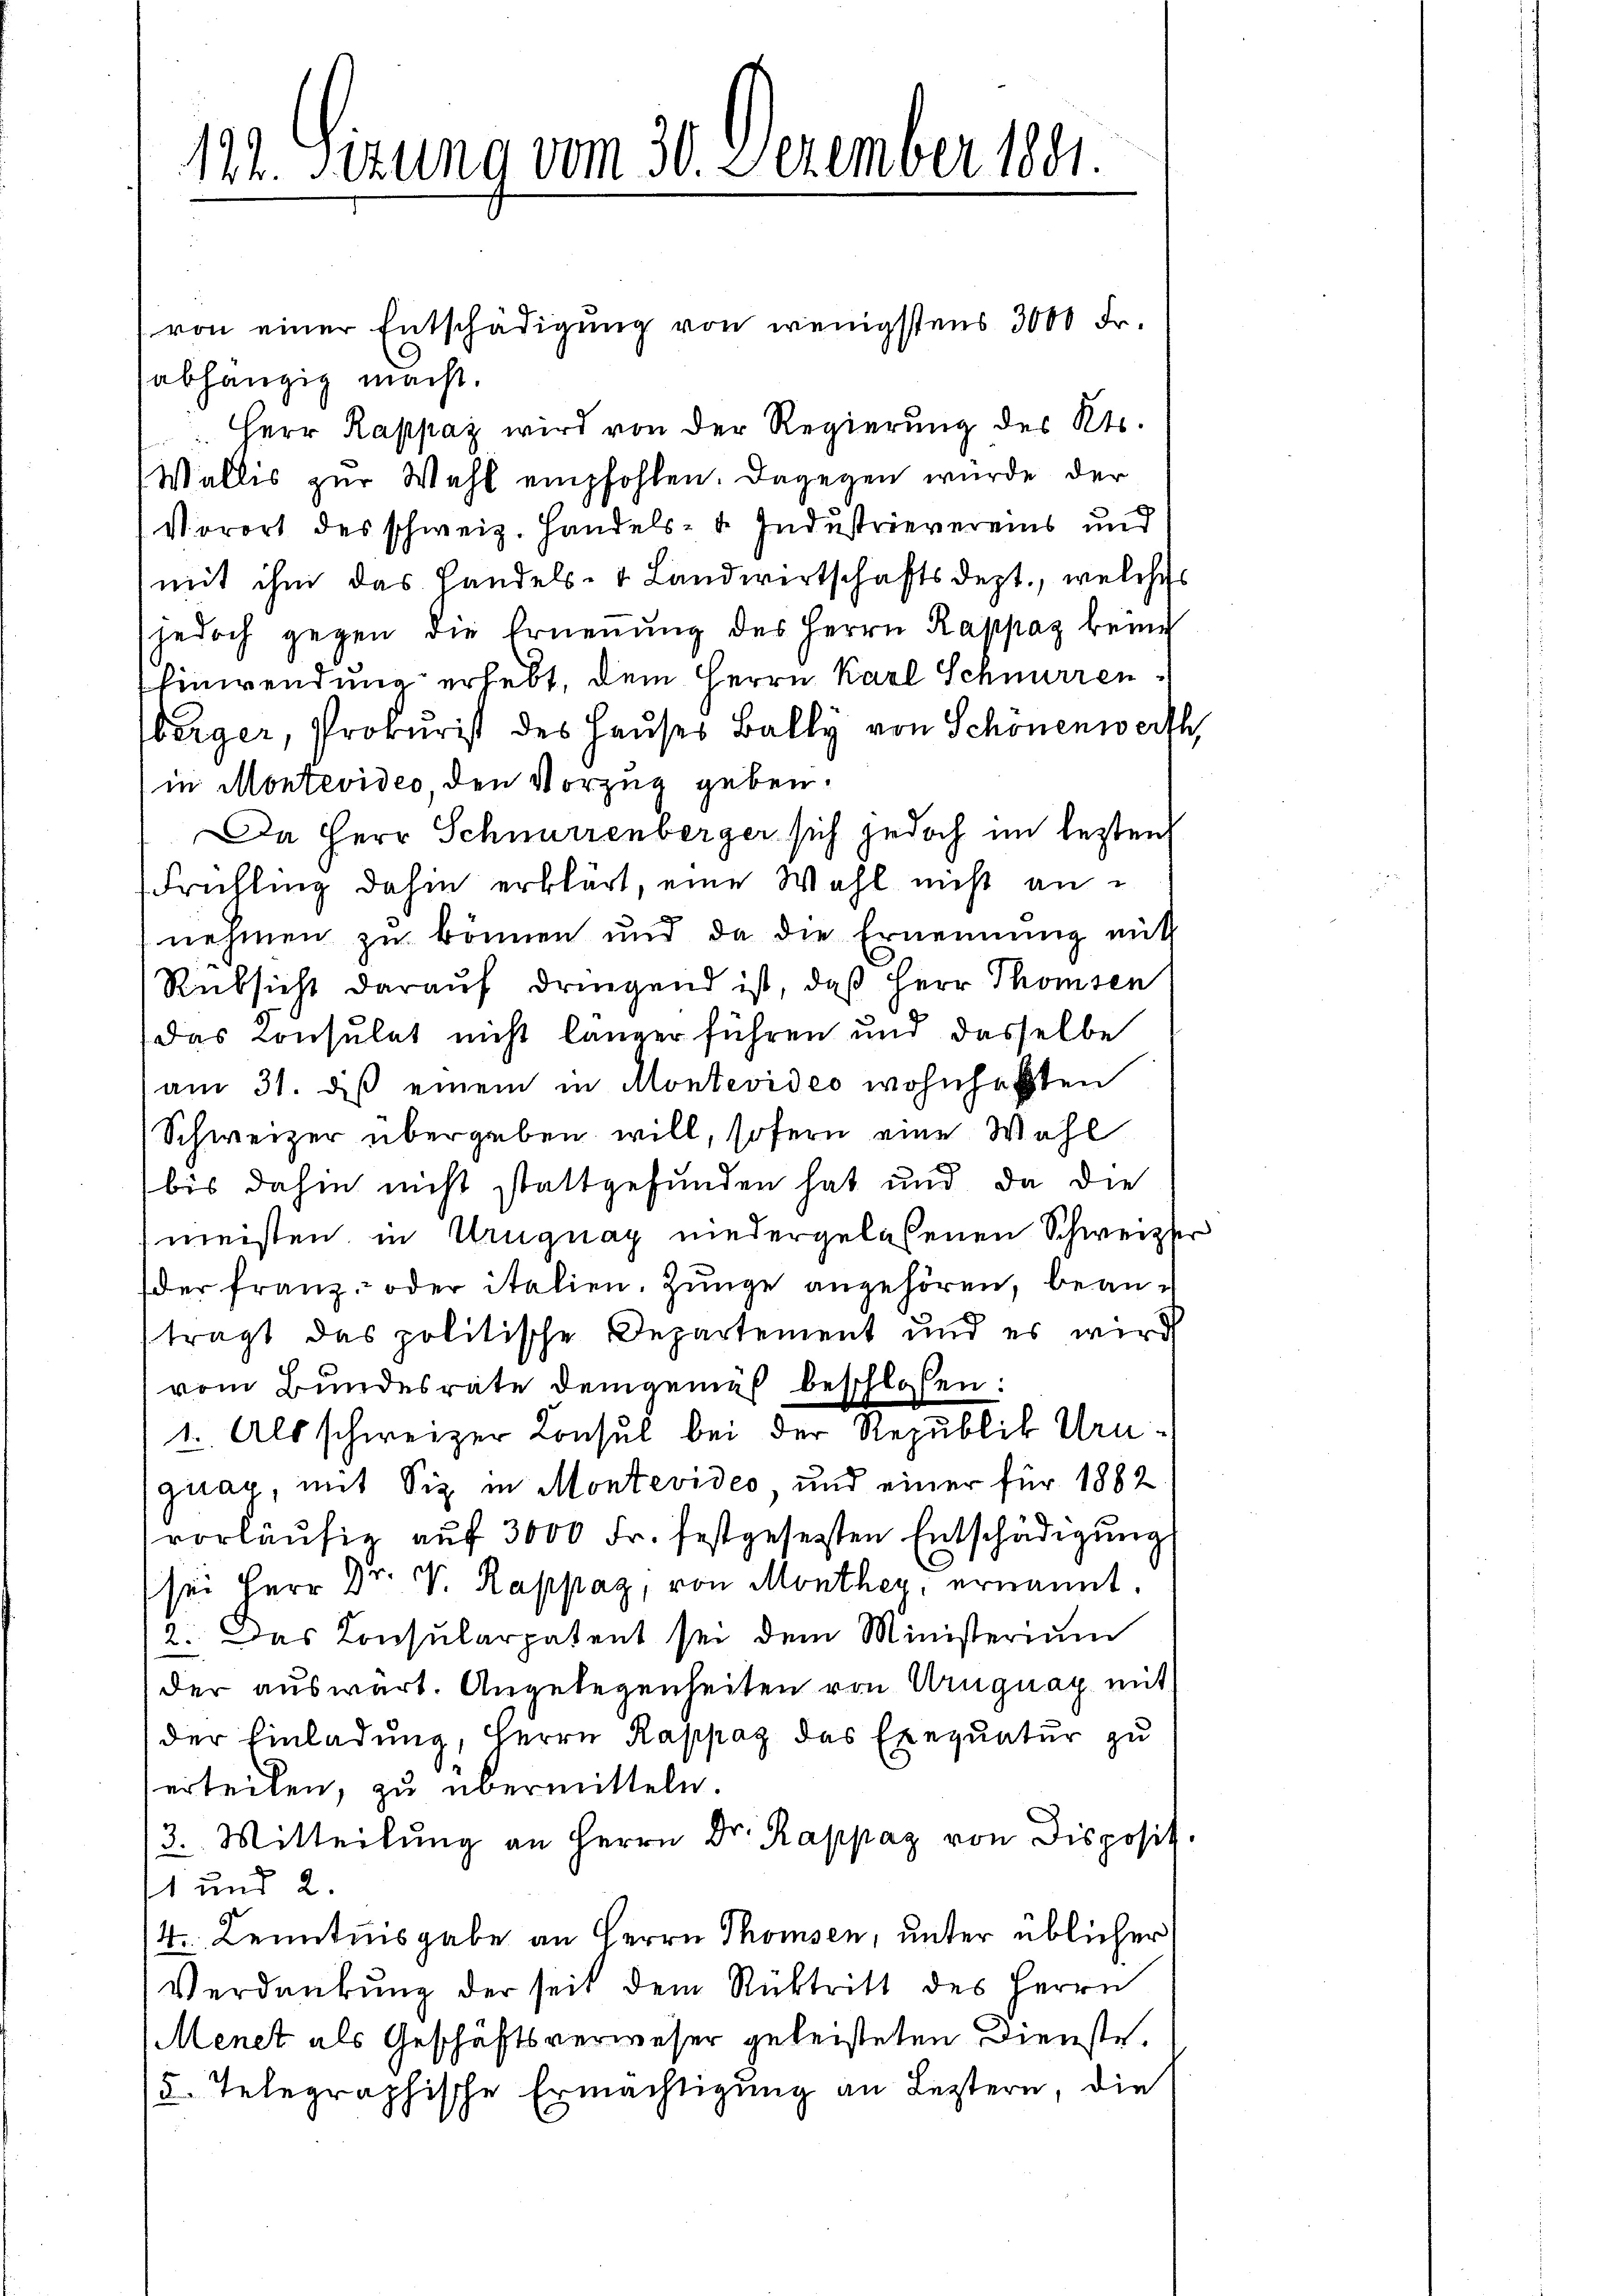
112. Sitzung vom 30. Dezember 1891.

von einer Entschädigung von wenigstens 3000 Fr.
abhängig macht.
Herr Rappaz wird von der Regierŭng des Kts.
Wallis zur Wahl empfohlen. Dagegen würde der
Vorort des schweiz. Handels- u. Industrievereins und
mit ihm das Handels- Landwertschaftsdept., welches
jedoch gegen die Ernennung des Herrn Rappaz bei
Einwendung erhebt, dem Herrn Karl Schnurrenberger, Prokurist des Hauses Bally von Schönenwerth,
in Montevideo den Vorzug geben.
Da Herr Schnurrenberger sich jedoch im lezten
Frühling dahin erklärt, eine Wahl nicht annehmen zu können und da die Ernennung mit
Rüksicht darauf dringend ist, daß Herr Thomsen
das Konsulat nicht langer führen und dasselbe
am 31. diß einem in Montevideo wohnhaften
Schweizer übergeben will, sofern eine Wahl
bis dahin nicht stattgefunden hat und da die
meisten, in Uruguay niedergelassenen Schweizer
der franz oder italien. Zunge angehören, beanträgt das politische Departement und es wird
vom Bundesrate demgemäß beschloßen:
1. Als schweizer Konsul bei der Republik Urugirag, mit Siz in Montevideo und einer für 1882
vorläufig auf 3000 Fr. festgesetzten Entschädigung
sei Herr Dr. V. Rappaz, von Monthey, ernannt.
2. Das Konsularpatent sei dem Ministerium
der auswart. Angelegenheiten von Uruguay mit
der Einladung, Herrn Rappaz das Exequatur zu
erteilen, zu übermitteln.
3. Mitteilŭng an Herrn Dr. Rappaz von Disposit.
11 und 2.
4. Kenntnisgabe an Herrn Thomsen, unter üblicher
Verdankung der seit dem Rücktritt des Herrn
Menet als Geschäftsverweser geleisteten Dienste.
/5. Telegraphische Ermächtigung an Leztern, die